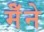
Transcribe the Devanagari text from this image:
मेँने